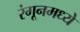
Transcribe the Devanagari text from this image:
रंगूनमध्ये